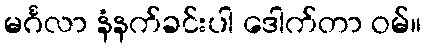
မင်္ဂလာ နံနက်ခင်းပါ ဒေါက်တာ ဝမ်။